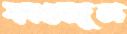
ফাওজুল